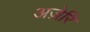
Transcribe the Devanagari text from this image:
अज़ेरि